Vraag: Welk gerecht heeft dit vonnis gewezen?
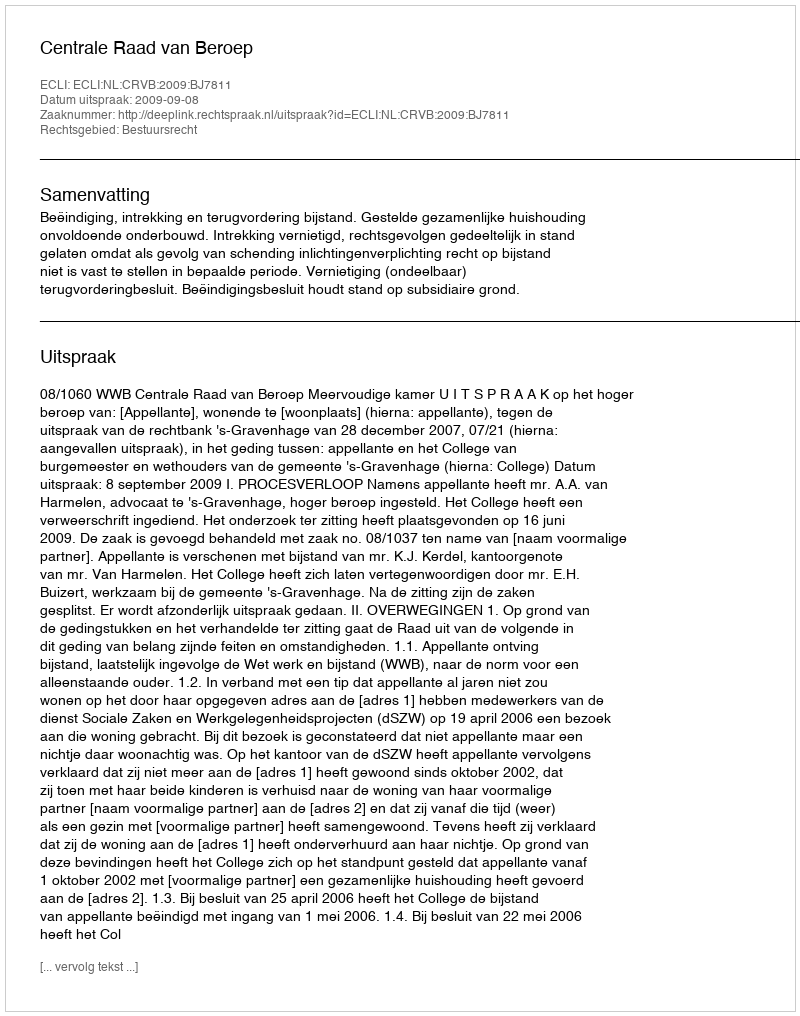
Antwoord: Centrale Raad van Beroep